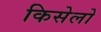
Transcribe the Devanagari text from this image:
किसेलो